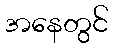
အနေတွင်